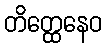
တိတ္ထေနေဝ